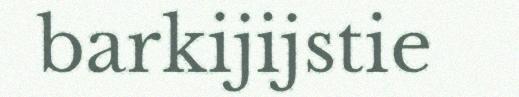
barkijijstie